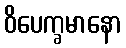
ဝိပေက္ခမာနော